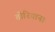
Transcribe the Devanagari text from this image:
तोरियाना